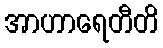
အာဟာရေတီတိ